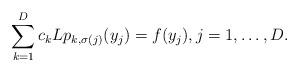
LaTeX: \begin{align*}\sum_{k=1}^Dc_kLp_{k,\sigma(j)}(y_j)=f(y_j),j=1,\ldots,D.\end{align*}